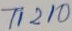
Text: T1210